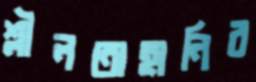
শ্লীলতাহানির